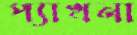
প্যাখনা